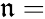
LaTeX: \mathfrak{n}=